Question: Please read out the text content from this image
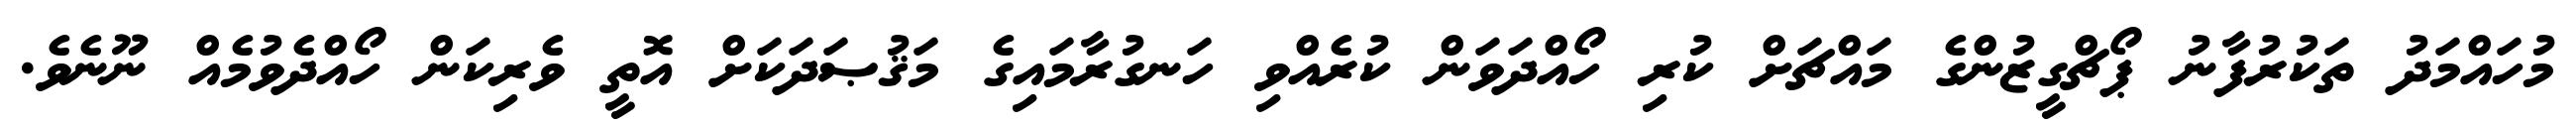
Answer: މުހައްމަދު ތަކުރުފާނު ޕޯޗްގީޒުންގެ މައްޗަށް ކުރި ހޯއްދަވަން ކުރެއްވި ހަނގުރާމައިގެ މަޤުޞަދަކަށް އޮތީ ވެރިކަން ހޯއްދެވުމެއް ނޫނެވެ.